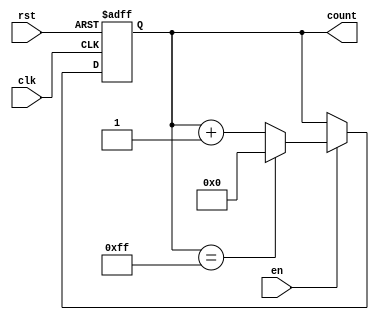
module MultiBitCounter #(
    parameter WIDTH = 8,          // Parameter for bit width, default is 8 bits
    parameter INITIAL_VALUE = 0   // Initial value for the counter
)(
    input wire clk,               // Clock input
    input wire rst,               // Asynchronous reset
    input wire en,                // Enable input
    output reg [WIDTH-1:0] count  // Multi-bit count output
);

    // Maximum value for the counter based on the width
    localparam MAX_VALUE = (1 << WIDTH) - 1;

    // Always block triggered on clock edge
    always @(posedge clk or posedge rst) begin
        if (rst) begin
            // Reset the counter to the initial value
            count <= INITIAL_VALUE;
        end else if (en) begin
            // Increment the counter and wrap around if maximum is reached
            if (count == MAX_VALUE) begin
                count <= INITIAL_VALUE; // Wrap around to initial value
            end else begin
                count <= count + 1; // Increment count
            end
        end
    end

endmodule